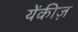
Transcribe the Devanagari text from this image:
येंकीज़